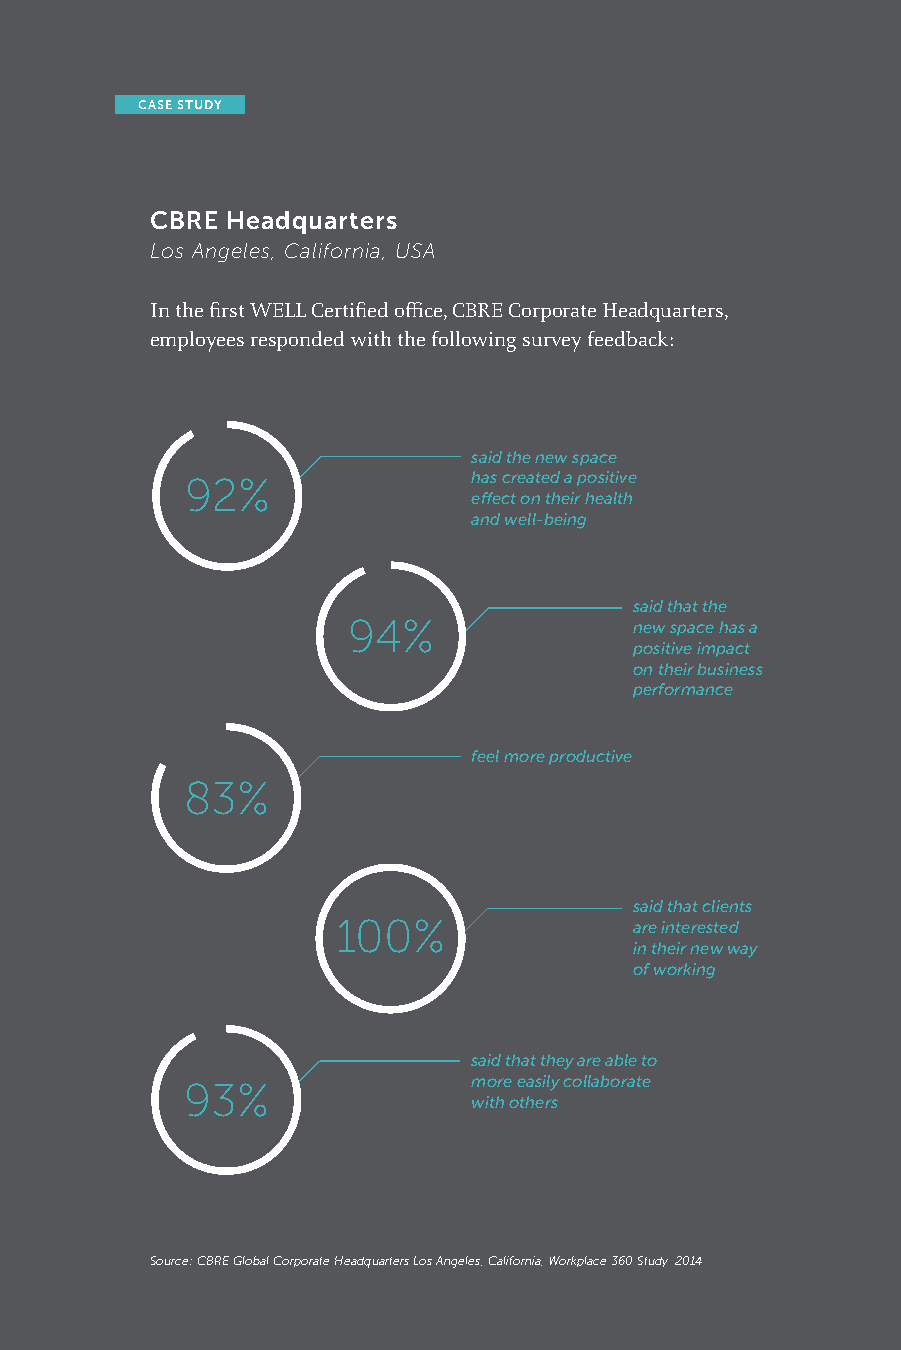
CASE STUDY
 CBRE Headquarters
 Los Angeles, California, USA
 In the first WELL Certified office, CBRE Corporate Headquarters,
 employees responded with the following survey feedback:
 said the new space
 92%                has created a positive
 effect on their health
 and well-being
 said that the
 94%                new space has a
 positive impact
 on their business
 performance
 feel more productive
 83%
 said that clients
 100%                are interested
 in their new way
 of working
 said that they are able to
 93%                more easily collaborate
 with others
 Source: CBRE Global Corporate Headquarters Los Angeles, California, Workplace 360 Study. 2014.